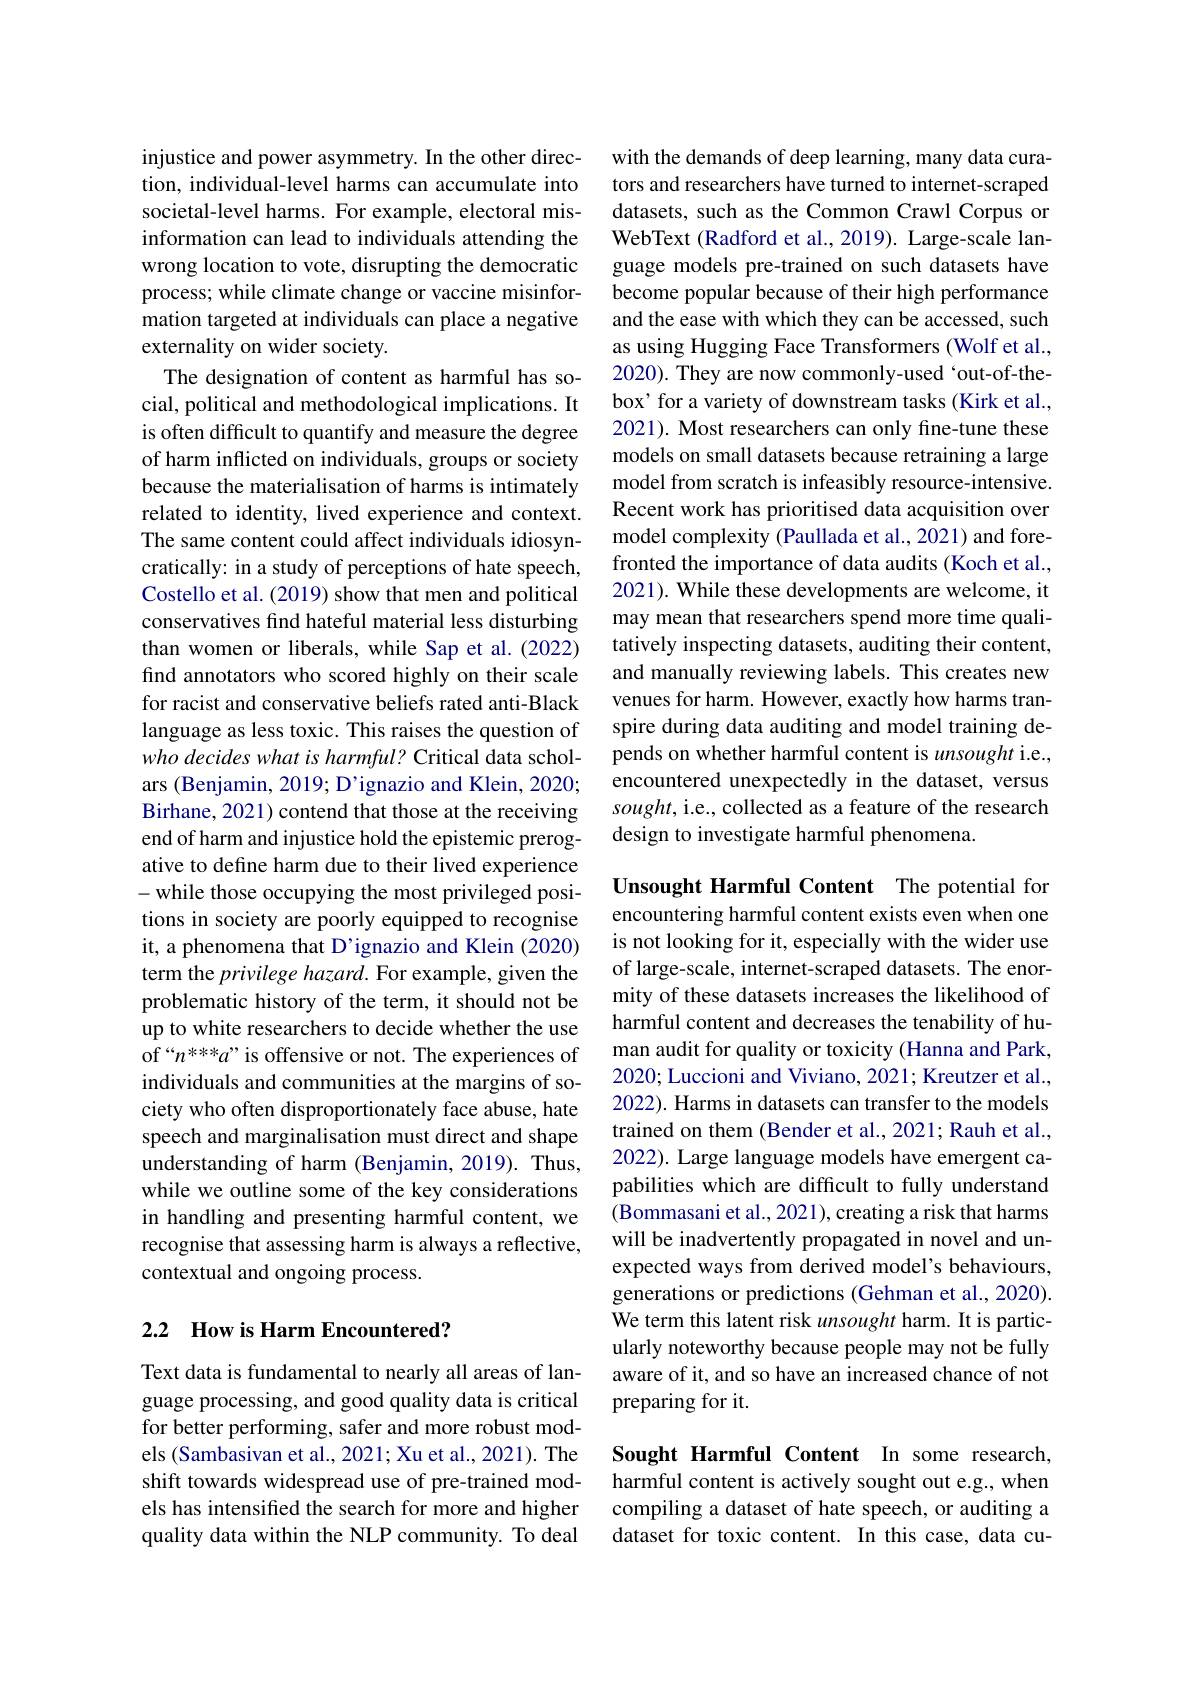
injustice and power asymmetry. In the other direction, individual-level harms can accumulate into societal-level harms. For example, electoral misinformation can lead to individuals attending the wrong location to vote, disrupting the democratic process; while climate change or vaccine misinformation targeted at individuals can place a negative externality on wider society.
The designation of content as harmful has social, political and methodological implications. It is often difficult to quantify and measure the degree of harm inflicted on individuals, groups or society because the materialisation of harms is intimately related to identity, lived experience and context. The same content could affect individuals idiosyncratically: in a study of perceptions of hate speech, Costello et al. (2019) show that men and political conservatives find hateful material less disturbing than women or liberals, while Sap et al. (2022) find annotators who scored highly on their scale for racist and conservative beliefs rated anti-Black language as less toxic. This raises the question of who decides what is harmful? Critical data scholars (Benjamin, 2019; D'ignazio and Klein, 2020; Birhane, 2021) contend that those at the receiving end of harm and injustice hold the epistemic prerogative to define harm due to their lived experience -while those occupying the most privileged positions in society are poorly equipped to recognise it, a phenomena that D'ignazio and Klein (2020) term the privilege hazard. For example, given the problematic history of the term, it should not be up to white researchers to decide whether the use of“$n^\text{****}a”$is offensive or not. The experiences of individuals and communities at the margins of society who often disproportionately face abuse, hate speech and marginalisation must direct and shape understanding of harm (Benjamin, 2019). Thus, while we outline some of the key considerations in handling and presenting harmful content, we recognise that assessing harm is always a reflective, contextual and ongoing process.

## 2.2 How is Harm Encountered?

Text data is fundamental to nearly all areas of language processing, and good quality data is critical for better performing, safer and more robust models (Sambasivan et al., 2021; Xu et al., 2021). The shift towards widespread use of pre-trained models has intensified the search for more and higher quality data within the NLP community. To deal

with the demands of deep learning, many data curators and researchers have turned to internet-scraped datasets, such as the Common Crawl Corpus or WebText (Radford et al., 2019). Large-scale language models pre-trained on such datasets have become popular because of their high performance and the ease with which they can be accessed, such as using Hugging Face Transformers (Wolf et al., 2020). They are now commonly-used ‘out-of-thebox' for a variety of downstream tasks (Kirk et al., 2021). Most researchers can only fine-tune these models on small datasets because retraining a large model from scratch is infeasibly resource-intensive. Recent work has prioritised data acquisition over model complexity (Paullada et al., 2021) and forefronted the importance of data audits (Koch et al., 2021). While these developments are welcome, it may mean that researchers spend more time qualitatively inspecting datasets, auditing their content, and manually reviewing labels. This creates new venues for harm. However, exactly how harms transpire during data auditing and model training depends on whether harmful content is unsought i.e., encountered unexpectedly in the dataset, versus sought, i.e., collected as a feature of the research design to investigate harmful phenomena.

Unsought Harmful Content The potential for encountering harmful content exists even when one is not looking for it, especially with the wider use of large-scale, internet-scraped datasets. The enormity of these datasets increases the likelihood of harmful content and decreases the tenability of human audit for quality or toxicity (Hanna and Park, 2020; Luccioni and Viviano, 2021; Kreutzer et al., 2022). Harms in datasets can transfer to the models trained on them (Bender et al., 2021; Rauh et al., 2022). Large language models have emergent capabilities which are difficult to fully understand (Bommasani et al., 2021), creating a risk that harms will be inadvertently propagated in novel and unexpected ways from derived model's behaviours, generations or predictions (Gehman et al., 2020). We term this latent risk unsought harm. It is particularly noteworthy because people may not be fully aware of it, and so have an increased chance of not preparing for it.

Sought Harmful Content In some research, harmful content is actively sought out e.g., when compiling a dataset of hate speech, or auditing a dataset for toxic content. In this case, data cu-